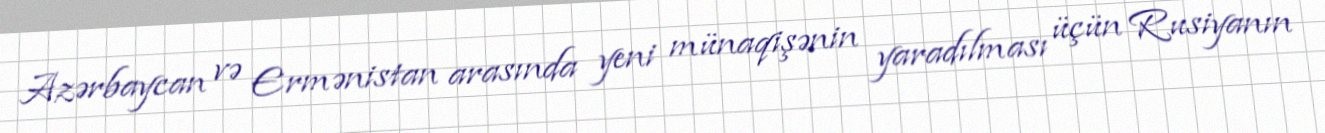
Azərbaycan və Ermənistan arasında yeni münaqişənin yaradılması üçün Rusiyanın